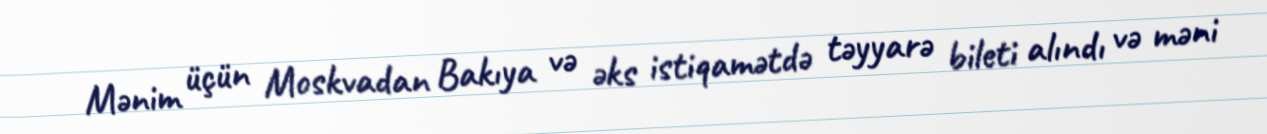
Mənim üçün Moskvadan Bakıya və əks istiqamətdə təyyarə bileti alındı və məni